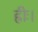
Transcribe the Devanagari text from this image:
ह्रीः।